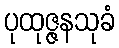
ပုထုဇ္ဇနသုခံ